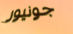
جونيور